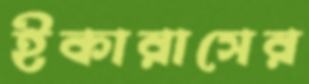
ইকারাসের